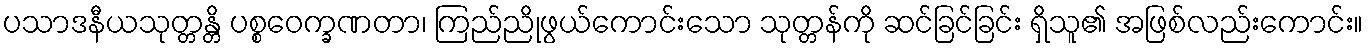
ပသာဒနီယသုတ္တန္တိ ပစ္စဝေက္ခဏတာ၊ ကြည်ညိုဖွယ်ကောင်းသော သုတ္တန်ကို ဆင်ခြင်ခြင်း ရှိသူ၏ အဖြစ်လည်းကောင်း။